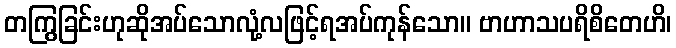
တကြွခြင်းဟုဆိုအပ်သောလုံ့လဖြင့်ရအပ်ကုန်သော။ ဗာဟာသပရိစိတေဟိ၊